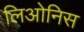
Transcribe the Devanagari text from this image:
लिओनिस